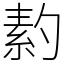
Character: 䋤